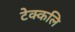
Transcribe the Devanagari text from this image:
टेक्कलि